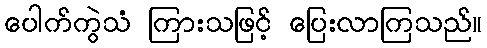
ပေါက်ကွဲသံ ကြားသဖြင့် ပြေးလာကြသည်။